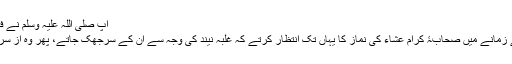
آپ صلی اللہ علیہ وسلم نے فرمایا: ‘‘ہاں،اور جتنے دن تم چاہو
رسول اللہ صلی اللہ علیہ وسلم کے زمانے میں صحابۂ کرام عشاء کی نماز کا یہاں تک انتظار کرتے کہ غلبۂ نیند کی وجہ سے ان کے سرجھُک جاتے، پھر وہ از سرِ نو وضو کئے بغیر نماز پڑھتے۔